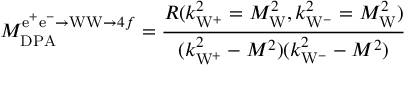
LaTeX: { \cal M } _ { \mathrm { D P A } } ^ { { \mathrm { e ^ { + } e ^ { - } \to W W } } \to 4 f } = \frac { R ( k _ { \mathrm { W } ^ { + } } ^ { 2 } = M _ { \mathrm W } ^ { 2 } , k _ { \mathrm { W } ^ { - } } ^ { 2 } = M _ { \mathrm W } ^ { 2 } ) } { ( k _ { \mathrm { W } ^ { + } } ^ { 2 } - M ^ { 2 } ) ( k _ { \mathrm { W } ^ { - } } ^ { 2 } - M ^ { 2 } ) }